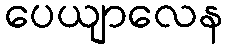
ပေယျာလေန